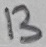
Text: 13